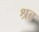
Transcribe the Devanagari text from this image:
श्रब